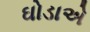
ઘોડાએ